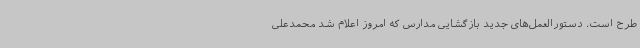
طرح است. دستورالعمل‌های جدید بازگشایی مدارس که امروز اعلام شد محمدعلی